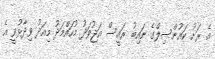
އެ ރަށު ކައުންސިލްގެ ނައިބު ރައީސް އަޖުވަދު މުހައްމަދު މިއަދު ވިދާޅުވީ އެ